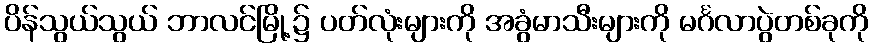
ပိန်သွယ်သွယ် ဘာလင်မြို့၌ ပတ်လုံးများကို အခွံမာသီးများကို မင်္ဂလာပွဲတစ်ခုကို